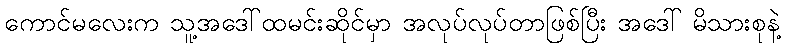
ကောင်မလေးက သူ့အဒေါ်ထမင်းဆိုင်မှာ အလုပ်လုပ်တာဖြစ်ပြီး အဒေါ် မိသားစုနဲ့